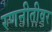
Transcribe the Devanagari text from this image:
रणनीतीवर